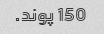
150 پوند.